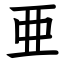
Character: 亜